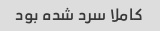
کاملا سرد شده بود